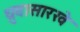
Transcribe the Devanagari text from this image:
ध्रुवासारखे